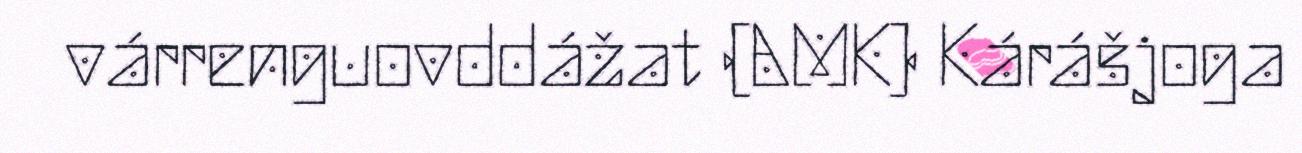
várrenguovddážat (AMK) Kárášjoga